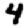
Digit: 4